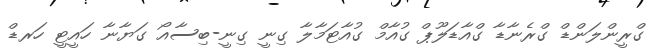
ގްރީންލަންޑް ގްރެނާޑާ ގްއާޑަލޫޕް ގުއާމް ގުއާޓަމާލާ ގިނީ ގިނީ-ބިސާއޯ ގަޔާނާ ހައީޓީ ހަރޑް